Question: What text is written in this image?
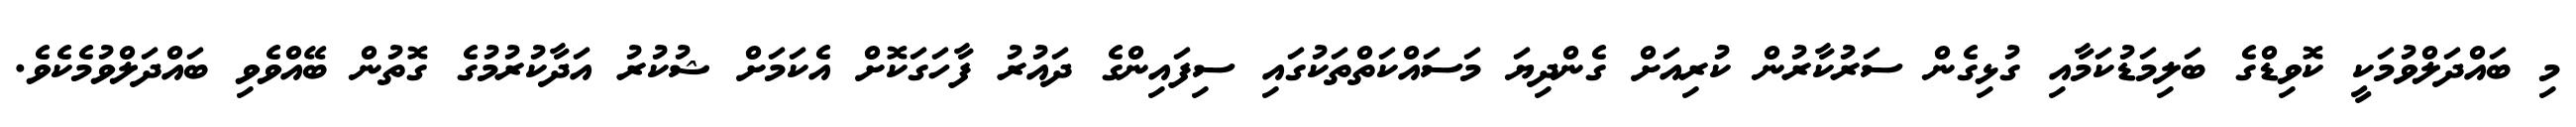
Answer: މި ބައްދަލްވުމަކީ ކޮވިޑްގެ ބަލިމަޑުކަމާއި ގުޅިގެން ސަރުކާރުން ކުރިއަށް ގެންދިޔަ މަސައްކަތްތަކުގައި ސިފައިންގެ ދައުރު ފާހަގަކޮށް އެކަމަށް ޝުކުރު އަދާކުރުމުގެ ގޮތުން ބޭއްވެވި ބައްދަލްވުމެކެވެ.